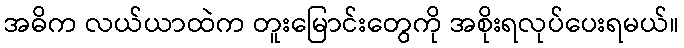
အဓိက လယ်ယာထဲက တူးမြောင်းတွေကို အစိုးရလုပ်ပေးရမယ်။